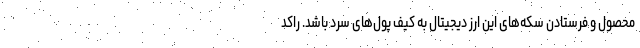
محصول و فرستادن سکه‌های این ارز دیجیتال به کیف پول‌های سرد باشد. راکد